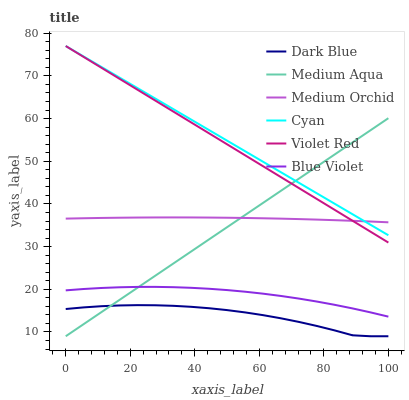
| xaxis_label | Dark Blue | Medium Aqua | Medium Orchid | Cyan | Violet Red | Blue Violet |
 | --- | --- | --- | --- | --- | --- | --- |
 | 0 | 15.4 | 9 | 36.6 | 77 | 77 | 19.8 |
 | 5.56 | 15.8 | 11.8 | 36.6 | 74.5 | 74.4 | 20.1 |
 | 11.1 | 16 | 14.7 | 36.7 | 72.1 | 71.9 | 20.3 |
 | 16.7 | 16.2 | 17.5 | 36.8 | 69.6 | 69.3 | 20.5 |
 | 22.2 | 16.3 | 20.4 | 36.8 | 67.1 | 66.8 | 20.6 |
 | 27.8 | 16.3 | 23.2 | 36.8 | 64.7 | 64.2 | 20.6 |
 | 33.3 | 16.1 | 26 | 36.8 | 62.2 | 61.6 | 20.5 |
 | 38.9 | 15.9 | 28.9 | 36.8 | 59.8 | 59.1 | 20.3 |
 | 44.4 | 15.6 | 31.7 | 36.8 | 57.3 | 56.5 | 20.1 |
 | 50 | 15.1 | 34.5 | 36.8 | 54.8 | 54 | 19.8 |
 | 55.6 | 14.6 | 37.4 | 36.7 | 52.4 | 51.4 | 19.4 |
 | 61.1 | 14 | 40.2 | 36.6 | 49.9 | 48.9 | 19 |
 | 66.7 | 13.2 | 43.1 | 36.6 | 47.4 | 46.3 | 18.4 |
 | 72.2 | 12.4 | 45.9 | 36.5 | 45 | 43.7 | 17.8 |
 | 77.8 | 11.4 | 48.7 | 36.3 | 42.5 | 41.2 | 17.1 |
 | 83.3 | 10.4 | 51.6 | 36.2 | 40.1 | 38.6 | 16.4 |
 | 88.9 | 9.22 | 54.4 | 36 | 37.6 | 36.1 | 15.5 |
 | 94.4 | 9 | 57.3 | 35.9 | 35.1 | 33.5 | 14.6 |
 | 100 | 9 | 60.1 | 35.7 | 32.7 | 30.9 | 13.6 |